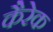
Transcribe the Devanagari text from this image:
कैरेक